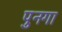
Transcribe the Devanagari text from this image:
पुनगा